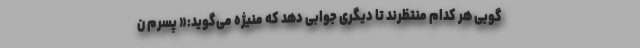
گویی هر کدام منتظرند تا دیگری جوابی دهد که منیژه می‌گوید:« پسرم ن